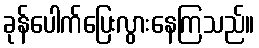
ခုန်ပေါက်ပြေးလွားနေကြသည်။